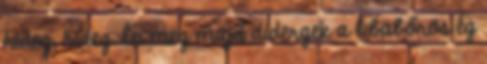
hideg, hideg. Én meg majd didergek a libabőrös ég